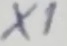
Text: X1